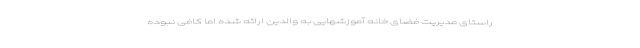
راستای مدیریت فضای خانه آموزشهایی به والدین ارائه شده اما کافی نبوده